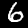
Label: 6